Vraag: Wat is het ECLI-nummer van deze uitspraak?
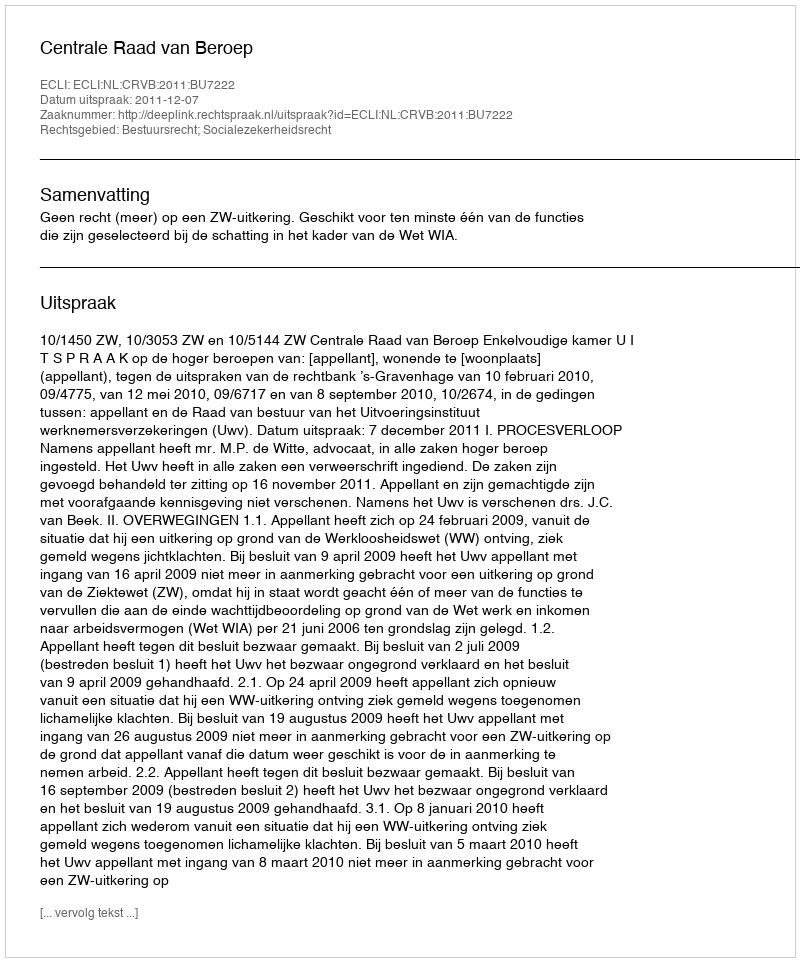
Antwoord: ECLI:NL:CRVB:2011:BU7222